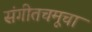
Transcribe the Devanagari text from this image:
संगीतचमूचा